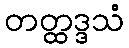
တတ္ထဒ္ဒသံ